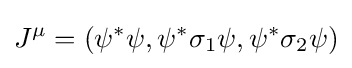
J^{\mu }=(\psi ^{*}\psi ,\psi ^{*}\sigma _{1}\psi ,\psi ^{*}\sigma _{2}\psi )